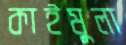
কাইমুলা